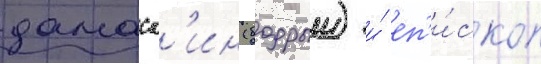
дамаск'ин (бодрыи) и́ еп'и́скоп